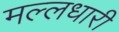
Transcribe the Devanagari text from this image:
मल्लधारी